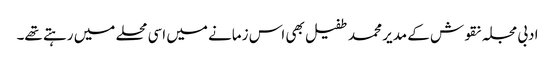
ادبی مجلہ نقوش کے مدیر محمد طفیل بھی اس زمانے میں اسی محلے میں رہتے تھے۔